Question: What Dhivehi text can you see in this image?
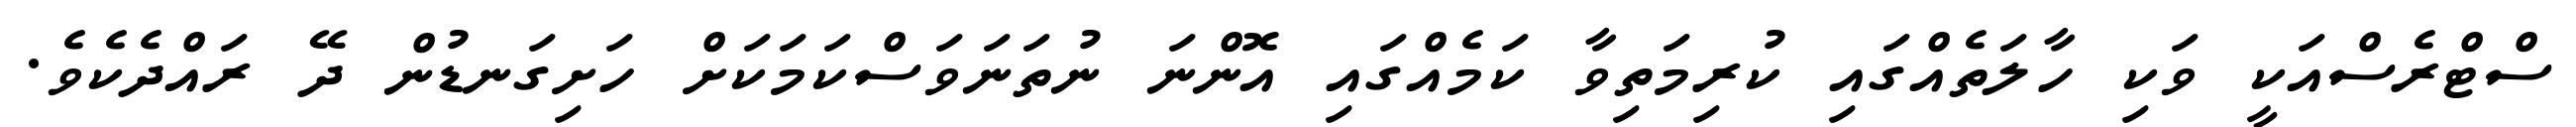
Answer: ސްޓްރެސްއަކީ ވަކި ހާލަތެއްގައި ކުރިމަތިވާ ކަމެއްގައި އޮންނަ ނުތަނަވަސްކަމަކަށް ހަށިގަނޑުން ދޭ ރައްދެކެވެ.